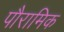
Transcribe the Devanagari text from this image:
पौरामिक